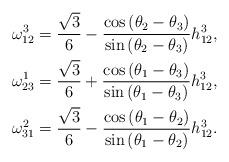
LaTeX: \begin{align*}\omega_{12}^3&=\frac{\sqrt{3}}{6}-\frac{\cos{(\theta_2-\theta_3)}}{\sin{(\theta_2-\theta_3)}}h_{12}^3,\\\omega_{23}^1&=\frac{\sqrt{3}}{6}+\frac{\cos{(\theta_1-\theta_3)}}{\sin{(\theta_1-\theta_3)}}h_{12}^3,\\\omega_{31}^2&=\frac{\sqrt{3}}{6}-\frac{\cos{(\theta_1-\theta_2)}}{\sin{(\theta_1-\theta_2)}}h_{12}^3.\end{align*}